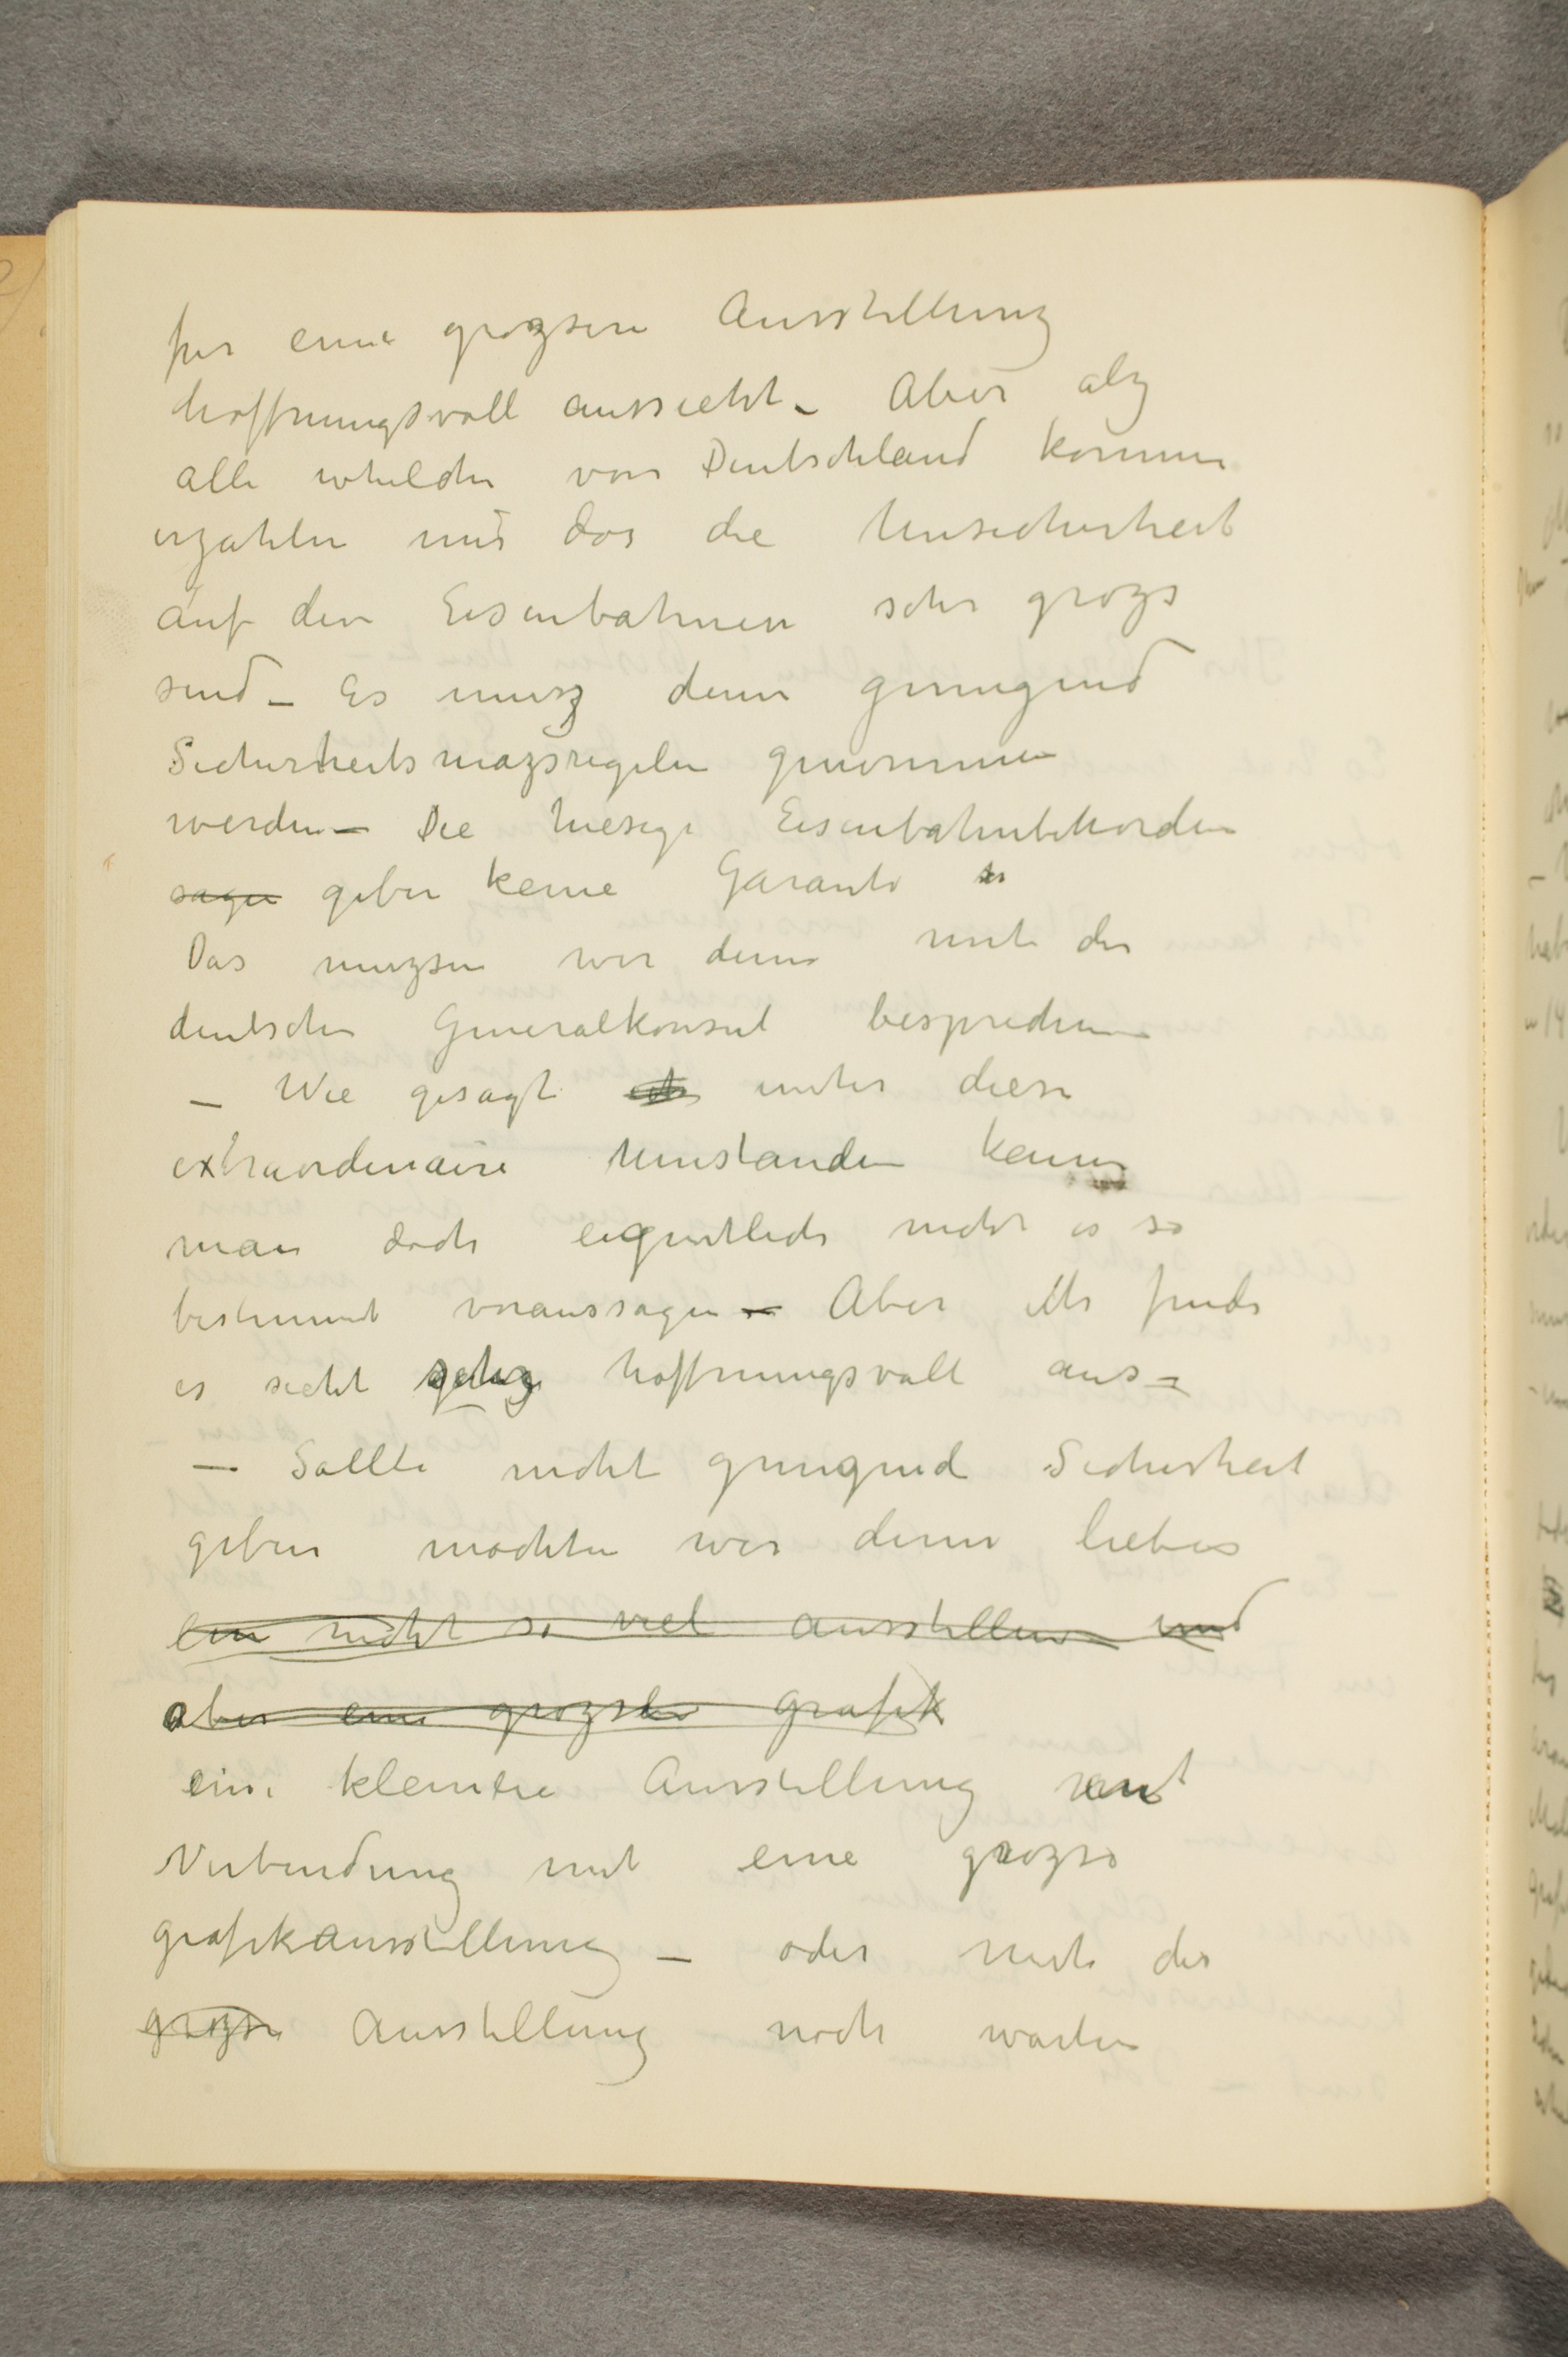
fur eine grossen Ausstellung
hoffnungsvoll aussieht - Aber alz
alle whelche von Deutschland kommen
erzahlen mir das die Unsicherheit
auf den Eisenbahnen sehr grozs
sind - Es musz denn genugend
Sicherheits mazsregeln genommen
werden - Die hiesige Eisenbahnbehorden
sagen geben keine Garantie
Das muzsen wir denn mit der
deutschen Generalkonsul besprechen
- Wie gesagt ... unter diese
extraordinaire Umstanden kenne
man doch eigentlich nicht es so
bestimmt voraussagen - Aber ich finde
es sieht sehr hoffnungsvoll aus -
Sollte nicht genugend Sicherheit
geben mochten wir denn lieber
ein nicht so viel ausstellen und
aber eine grozsere grafik
eine kleinere Ausstellung in
Verbindung mit eine grozse
grafikausstellung - oder mit die
grozse Ausstellung noch warten